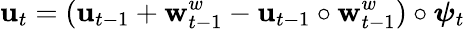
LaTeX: \mathbf{u}_{t}=(\mathbf{u}_{t-1}+\mathbf{w}_{t-1}^{w}-\mathbf{u}_{t-1}\circ\mathbf{w}_{t-1}^{w})\circ{\boldsymbol{\psi}}_{t}